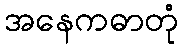
အနေကဓာတုံ